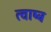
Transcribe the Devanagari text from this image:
त्वाष्ट्र